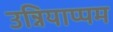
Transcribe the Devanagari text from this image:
उन्नियाप्पम